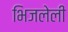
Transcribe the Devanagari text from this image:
भिजलेली